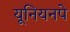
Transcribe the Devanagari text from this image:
यूनियनपे